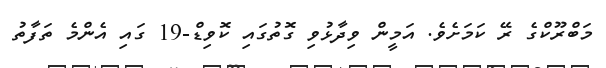
މަބްރޫކްގެ ރޭ ކަމަށެވެ. އަމީން ވިދާޅުވި ގޮތުގައި ކޮވިޑް-19 ގައި އެންމެ ތަފާތު